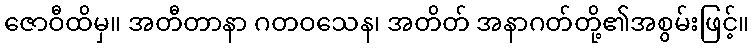
ဇောဝီထိမှ။ အတီတာနာ ဂတဝသေန၊ အတိတ် အနာဂတ်တို့၏အစွမ်းဖြင့်။